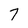
Character: 7